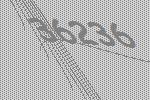
36236